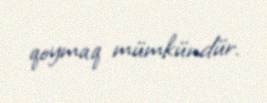
qoymaq mümkündür.